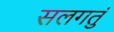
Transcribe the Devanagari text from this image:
सलगतुं